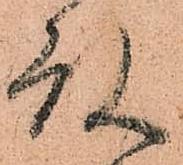
殿